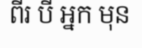
ពីរ បី អ្នក មុន